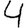
Digit: 4